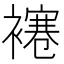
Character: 𧝱